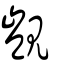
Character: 覬